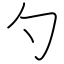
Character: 勺